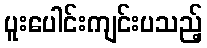
ပူးပေါင်းကျင်းပသည့်